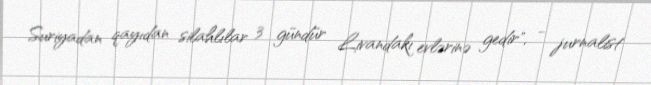
Suriyadan qayıdan silahlılar 3 gündür Livandakı evlərinə gedir", - jurnalist